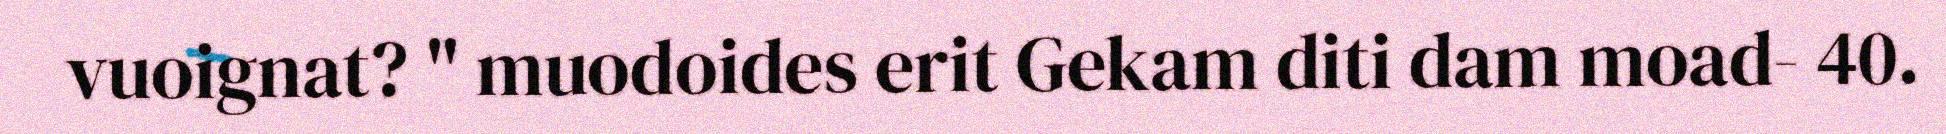
vuoignat? " muodoides erit Gekam diti dam moad- 40.